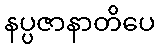
နပ္ပဇာနာတိပေ